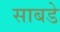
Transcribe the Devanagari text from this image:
साबडे